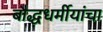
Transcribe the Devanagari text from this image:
बौद्धधर्मीयांचा